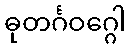
ဓုတင်္ဂဝဂ္ဂေါ